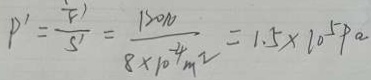
P ^ { \prime } = \frac { F } { S ^ { \prime } } ^ { \prime } = \frac { 1 2 0 N } { 8 \times 1 0 ^ { - 4 } m ^ { 2 } } = 1 . 5 \times 1 0 ^ { 5 } P a